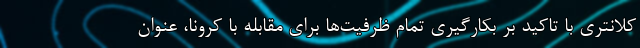
کلانتری با تاکید بر بکارگیری تمام ظرفیت‌ها برای مقابله با کرونا، عنوان